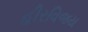
હીરવિજય